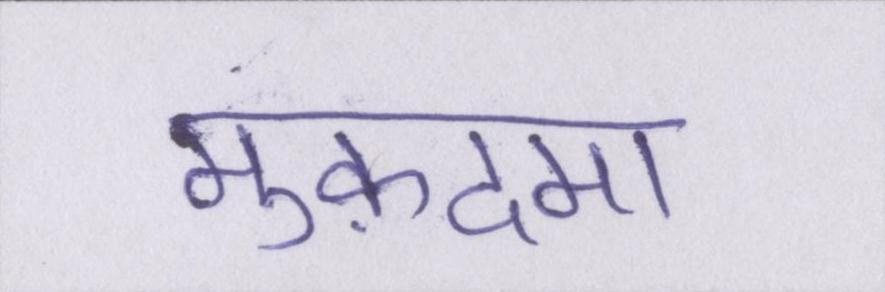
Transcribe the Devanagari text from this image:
मुक़दमा